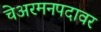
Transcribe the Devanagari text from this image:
चेअरमनपदावर